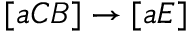
[ a C B ] \rightarrow [ a E ]